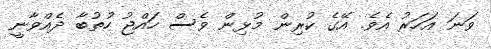
ވަނަ އަހަރު އެވެ. އޭގެ ކުރިން މުޅިން ވެސް ހައްޖު ހުތުބާ ދެއްވާނީ